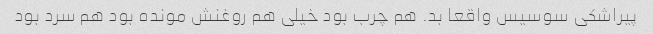
پیراشکی سوسیس واقعا بد. هم چرب بود خیلی هم روغنش مونده بود هم سرد بود